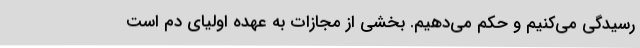
رسیدگی می‌کنیم و حکم می‌دهیم. بخشی از مجازات به عهده اولیای دم است